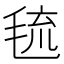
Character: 㲙